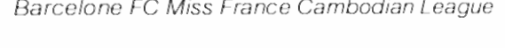
Barcelone FC Miss France Cambodian League